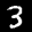
Label: 3